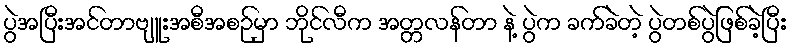
ပွဲအပြီးအင်တာဗျူးအစီအစဉ်မှာ ဘိုင်လီက အတ္တလန်တာ နဲ့ ပွဲက ခက်ခဲတဲ့ ပွဲတစ်ပွဲဖြစ်ခဲ့ပြီး